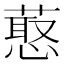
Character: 𰱶